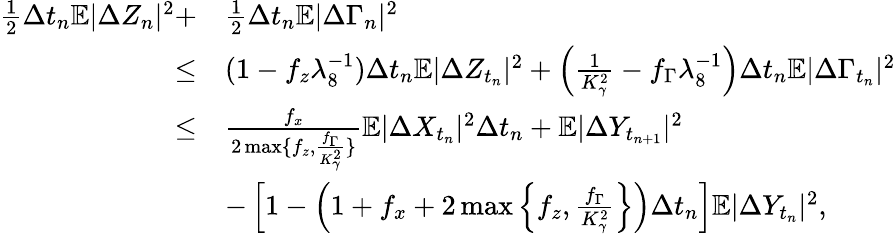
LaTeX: \begin{array}{rl}{\frac{1}{2}\Delta{t_{n}}\mathbb{E}|\Delta Z_{n}|^{2}+}&{\frac{1}{2}\Delta{t_{n}}\mathbb{E}|\Delta\Gamma_{n}|^{2}}\\ {\leq}&{(1-f_{z}\lambda_{8}^{-1})\Delta{t_{n}}\mathbb{E}|\Delta Z_{t_{n}}|^{2}+\left(\frac{1}{K_{\gamma}^{2}}-f_{\Gamma}\lambda_{8}^{-1}\right)\Delta{t_{n}}\mathbb{E}|\Delta\Gamma_{t_{n}}|^{2}}\\ {\leq}&{\frac{f_{x}}{2\operatorname*{max}\{ f_{z},\frac{f_{\Gamma}}{K_{\gamma}^{2}}\} }\mathbb{E}|\Delta X_{t_{n}}|^{2}\Delta t_{n}+\mathbb{E}|\Delta Y_{t_{n+1}}|^{2}}\\ &{-\left[1-\left(1+f_{x}+2\operatorname*{max}\left\{ f_{z},\frac{f_{\Gamma}}{K_{\gamma}^{2}}\right\} \right)\Delta{t_{n}}\right]\mathbb{E}|\Delta Y_{t_{n}}|^{2},}\end{array}